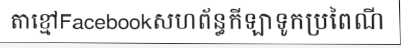
តាខ្មៅFacebookសហព័ន្ធកីឡាទូកប្រពៃណី